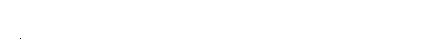
အနာဂါမ်တို့မှာ မဂ်ဖြင့် ဗြဟ္မစရိယ ဧကဘတ္တိက ကိစ္စတို ကစ်ပါးတည်းပါလာကြောင်း၊